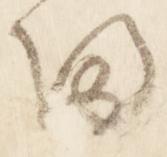
帰